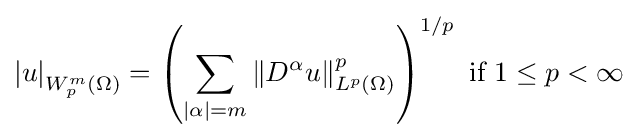
\left\vert u\right\vert _{W_{p}^{m}(\Omega )}=\left(\sum _{\left\vert \alpha \right\vert =m}\left\Vert D^{\alpha }u\right\Vert _{L^{p}(\Omega )}^{p}\right)^{1/p}{\text{ if }}1\leq p<\infty